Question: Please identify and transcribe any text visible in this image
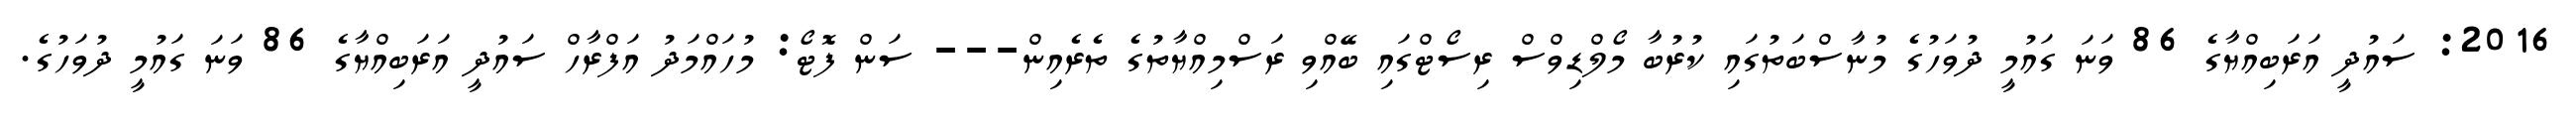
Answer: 2016: ސައުދީ އަރަބިއްޔާގެ 86 ވަނަ ގައުމީ ދުވަހުގެ މުނާސްބަތުގައި ކުރުބާ މޯލްޑިވްސް ރިސޯޓްގައި ބޭއްވި ރަސްމިއްޔާތުގެ ތެރެއިން--- ސަން ފޮޓޯ: މުހައްމަދު އަފްރާހް ސައުދީ އަރަބިއްޔާގެ 86 ވަނަ ގައުމީ ދުވަހުގެ.